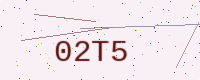
Text: 02T5